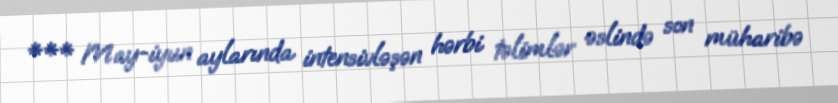
*** May-iyun aylarında intensivləşən hərbi təlimlər əslində son müharibə